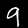
Label: 9